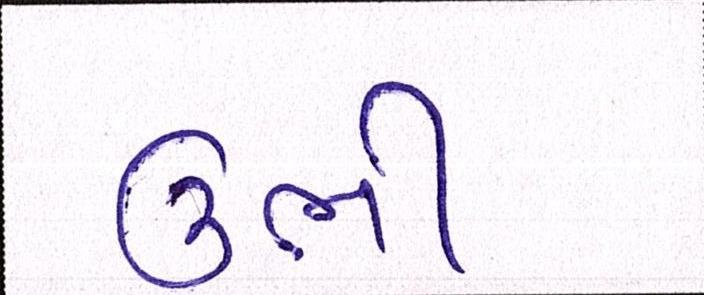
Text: ઉભી